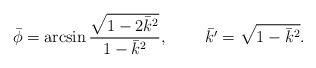
LaTeX: \begin{align*}\bar{\phi}=\arcsin\frac{\sqrt{1-2\bar{k}^2}}{1-\bar{k}^2},\;\;\;\;\;\;\;\;\bar{k'}=\sqrt{1-\bar{k}^2}.\end{align*}